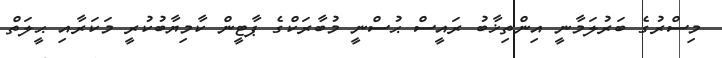
މިސްރުގެ ބަރުލަމާނީ އިންތިޚާބު ރައީސް ޙުސްނީ މުބާރަކްގެ ޕާޓީން ކާމިޔާބުކުރީ މަކަރާއި ޙީލަތް